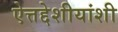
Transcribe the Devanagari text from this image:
ऐत्तद्देशीयांशी